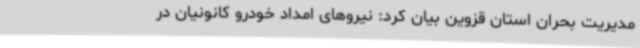
مدیریت بحران استان قزوین بیان کرد: نیروهای امداد خودرو کانونیان در